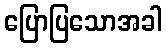
ပြောပြသောအခါ